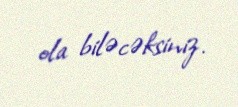
ola biləcəksiniz.